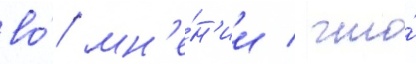
во́ мн'е́н'ии / что́